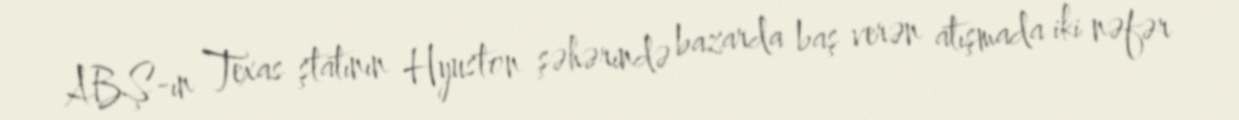
ABŞ-ın Texas ştatının Hyuston şəhərində bazarda baş verən atışmada iki nəfər